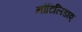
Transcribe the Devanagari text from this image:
नौटिलिडाए